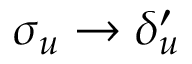
\sigma _ { u } \rightarrow \delta _ { u } ^ { \prime }